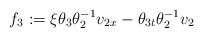
\begin{align*}f_{3}:=\xi\theta_{3}\theta_{2}^{-1}v_{2x}-\theta_{3t}\theta_{2}^{-1}v_{2}\end{align*}